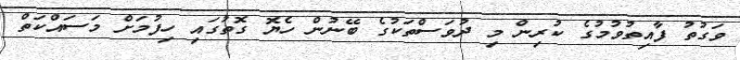
ވަގުތު ފާއިތުވުމުގެ ކުރިން މި ދުވަސްތަކުގެ ބޭނުން ހެޔޮ ގޮތުގައި ހިފުމަށް މަސައްކަތް